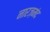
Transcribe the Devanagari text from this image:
नारज़मंद